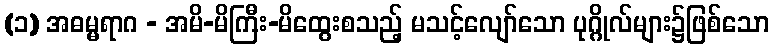
(၁) အဓမ္မရာဂ - အမိ-မိကြီး-မိထွေးစသည့် မသင့်လျော်သော ပုဂ္ဂိုလ်များ၌ဖြစ်သော